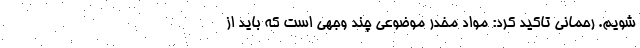
شویم. رحمانی تاکید کرد: مواد مخدر موضوعی چند وجهی است که باید از